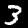
Digit: 3